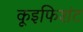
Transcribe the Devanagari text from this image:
कूइफिशंट